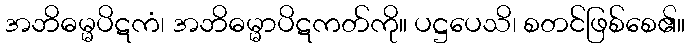
အဘိဓမ္မပိဋကံ၊ အဘိဓမ္မာပိဋကတ်ကို။ ပဋ္ဌပေသိ၊ စတင်ဖြစ်စေ၏။